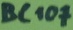
Text: BC107